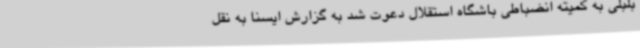
بلبلی به کمیته انضباطی باشگاه استقلال دعوت شد به گزارش ایسنا به نقل